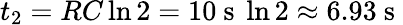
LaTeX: t_{2}=RC\ln{2}=10\mathrm{~s~}\ln{2}\approx 6.93\mathrm{~s~}